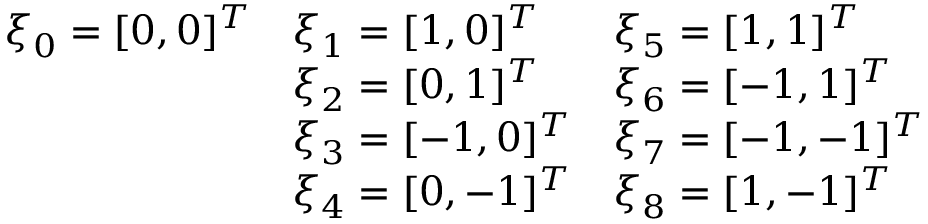
\begin{array} { l l l } { \boldsymbol { \xi } _ { 0 } = [ 0 , 0 ] ^ { T } } & { \boldsymbol { \xi } _ { 1 } = [ 1 , 0 ] ^ { T } } & { \boldsymbol { \xi } _ { 5 } = [ 1 , 1 ] ^ { T } } \\ & { \boldsymbol { \xi } _ { 2 } = [ 0 , 1 ] ^ { T } } & { \boldsymbol { \xi } _ { 6 } = [ - 1 , 1 ] ^ { T } } \\ & { \boldsymbol { \xi } _ { 3 } = [ - 1 , 0 ] ^ { T } } & { \boldsymbol { \xi } _ { 7 } = [ - 1 , - 1 ] ^ { T } } \\ & { \boldsymbol { \xi } _ { 4 } = [ 0 , - 1 ] ^ { T } } & { \boldsymbol { \xi } _ { 8 } = [ 1 , - 1 ] ^ { T } } \end{array}